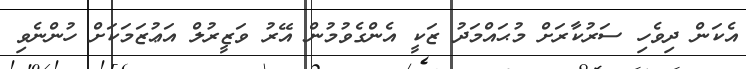
އެކަން ދިވެހި ސަރުކާރަށް މުޙައްމަދު ޒަކީ އެންގެވުމުން އޭރު ވަޒީރުލް އަޢުޒަމަކަށް ހުންނެވި